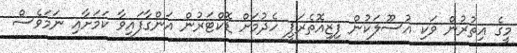
މީގެ އިތުރުން ވަކި އުސޫލަކުން ފިޒިއޮތެރަޕީ ހެދުމަށް ޑޮކްޓަރުން އަންގާފައިވާ ކަމަށާއި ނަމަވެސް